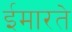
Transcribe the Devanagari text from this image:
ईमारते